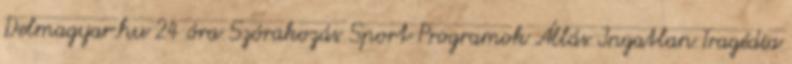
Delmagyar.hu 24 óra Szórakozás Sport Programok Állás Ingatlan Tragédia